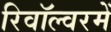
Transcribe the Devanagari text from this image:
रिवॉल्वरमें